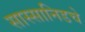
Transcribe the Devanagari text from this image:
सास्सानिडचे